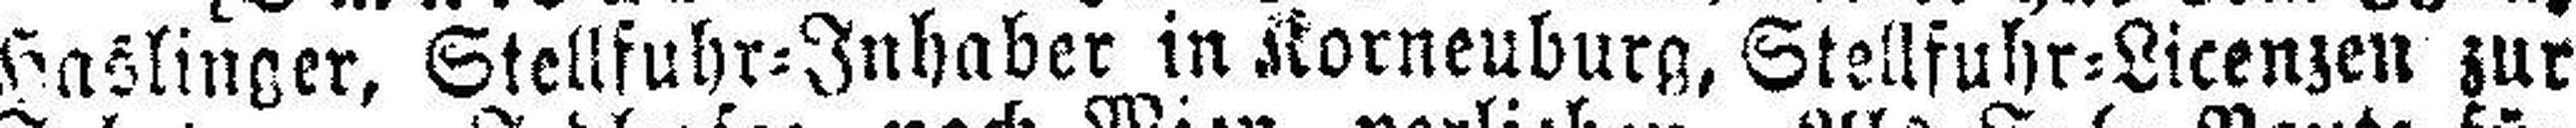
Haslinger, Stellfuhr=Inhaber in Korneuburg, Stellfuhr=Licenzen zur